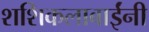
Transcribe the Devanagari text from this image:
शशिकलाबाईंनी